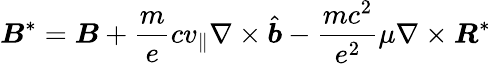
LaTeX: \boldsymbol{\mathit{B}}^{*}=\boldsymbol{\mathit{B}}+\frac{{m}}{{e}}cv_{\parallel}\nabla\times\hat{{\boldsymbol{b}}}-\frac{{mc^{2}}}{{e^{2}}}\mu\nabla\times\boldsymbol{R}^{*}